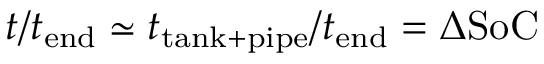
t / t _ { \mathrm { e n d } } \simeq t _ { \mathrm { t a n k + p i p e } } / t _ { \mathrm { e n d } } = \Delta \mathrm { S o C }